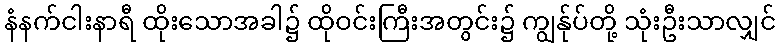
နံနက်ငါးနာရီ ထိုးသောအခါ၌ ထိုဝင်းကြီးအတွင်း၌ ကျွန်ုပ်တို့ သုံးဦးသာလျှင်